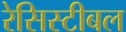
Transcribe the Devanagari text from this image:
रेसिस्टीबल